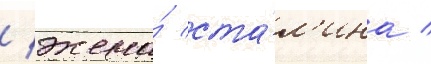
/ жена́ ста́л'ина /